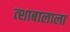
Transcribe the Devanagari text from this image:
त्शाबालाला